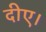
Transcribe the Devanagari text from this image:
दीए।